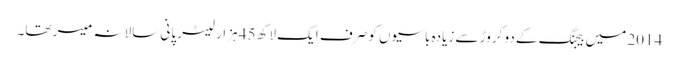
2014 میں بیجنگ کے دو کروڑ سے زیادہ باسیوں کو صرف ایک لاکھ 45 ہزار لیٹر پانی سالانہ میسر تھا۔